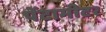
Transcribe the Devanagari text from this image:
पेंटामीटर